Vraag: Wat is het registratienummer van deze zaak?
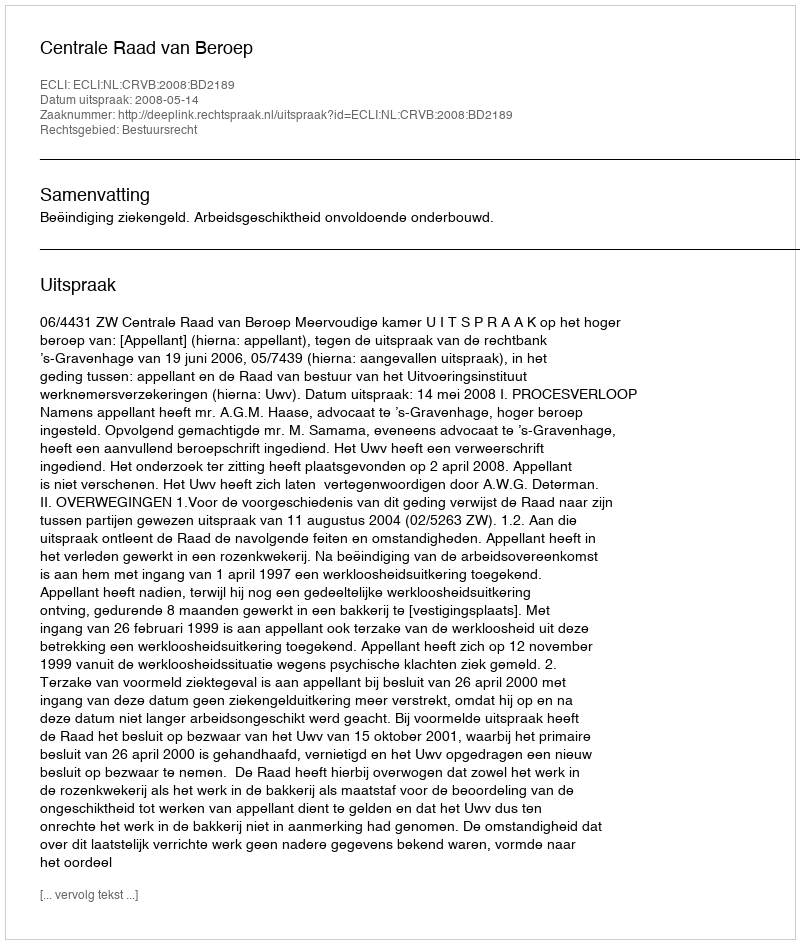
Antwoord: http://deeplink.rechtspraak.nl/uitspraak?id=ECLI:NL:CRVB:2008:BD2189